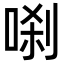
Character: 𭈗